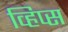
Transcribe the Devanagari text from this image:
व्हिप्स